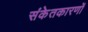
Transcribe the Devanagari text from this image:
संकेतकारणों